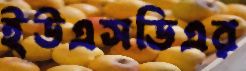
ইউএসডিএর